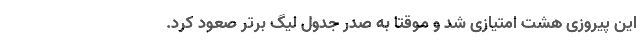
این پیروزی هشت امتیازی شد و موقتاً به صدر جدول لیگ برتر صعود کرد.